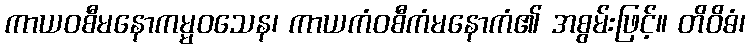
ကာယဝစီမနောကမ္မဝသေန၊ ကာယကံဝစီကံမနောကံ၏ အစွမ်းဖြင့်။ တိဝိဓံ၊